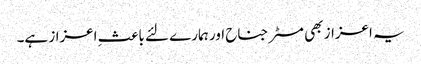
یہ اعزاز بھی مسٹر جناح اور ہمارے لئے باعثِ اعزاز ہے۔